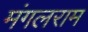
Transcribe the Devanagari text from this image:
मंगलराम